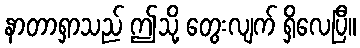
နာတာရှာသည် ဤသို့ တွေးလျက် ရှိလေပြီ။